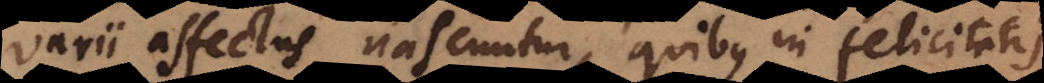
varii affectus nascuntur, quibus in felicitatis